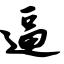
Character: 逼